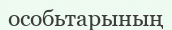
особьтарының